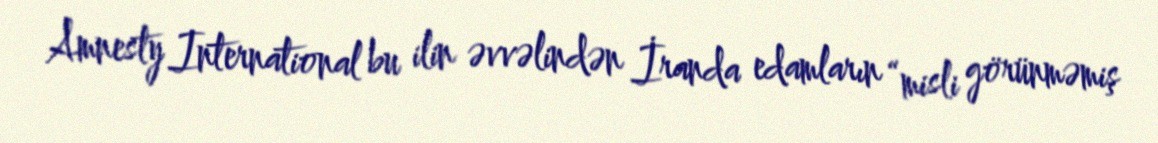
Amnesty International bu ilin əvvəlindən İranda edamların “misli görünməmiş